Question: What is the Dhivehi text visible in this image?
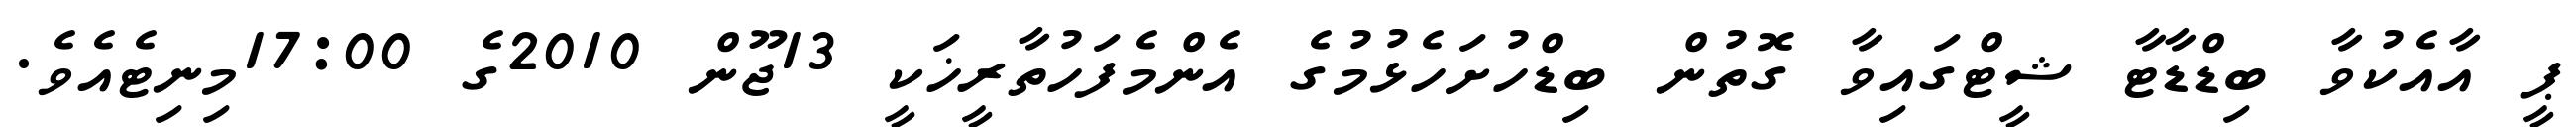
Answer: ޕީ އާއެކުވާ ބިޑްޑާޓާ ޝީޓްގައިވާ ގޮތުން ބިޑްހުށަހެޅުމުގެ އެންމެފަހުތާރީޚަކީ 13ޖޫން 2010ގެ 17:00މިނިޓެއެވެ.